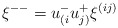
\begin{align*}\xi^{--}=u^{-}_{(i}u^{+}_{j)}\xi^{(ij)}\\\end{align*}